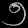
Digit: ၅